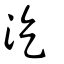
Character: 汔